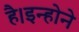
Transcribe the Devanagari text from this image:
है।इन्होने